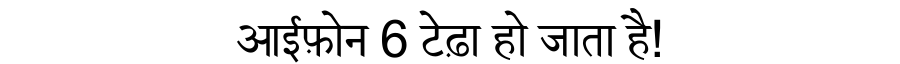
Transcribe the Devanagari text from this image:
आईफ़ोन 6 टेढ़ा हो जाता है!